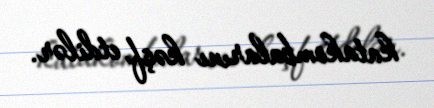
katakombalarını kəşf etdilər.